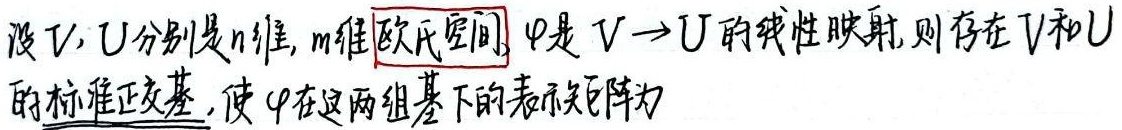
设\(V\)，\(U\)分别是\(n\)维、\(m\)维欧氏空间，\(\varphi\)是\(V\rightarrow U\)的线性映射，则存在\(V\)和\(U\)的标准正交基，使\(\varphi\)在这两组基下的表示矩阵为